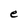
Character: e